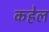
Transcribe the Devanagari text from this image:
कहेल